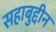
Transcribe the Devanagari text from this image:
सहाबुद्दीन